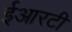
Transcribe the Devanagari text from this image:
ईआरटी